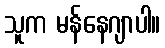
သူက မန်နေဂျာပါ။